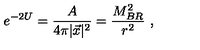
e ^ { - 2 U } = { \frac { A } { 4 \pi | \vec { x } | ^ { 2 } } } = { \frac { M _ { B R } ^ { 2 } } { r ^ { 2 } } } \ ,